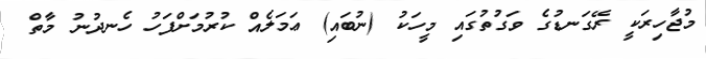
މުޖާހިރަކީ ރޭގަނޑުގެ ވަގުތުގައި މީހަކު (ނުބައި) ޢަމަލެއް ކުރުމަށްފަހު ހެނދުނު މާތް